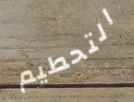
التحطيم